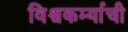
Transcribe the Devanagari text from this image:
विश्वकर्म्याची